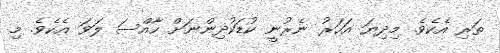
ތަރި އެކެވެ. މިދިޔަ އަހަރު ނެރުނީ ކުޑަކުދިންނަށް ހާއްްސަ ލަވަ އެެކެވެ. މި